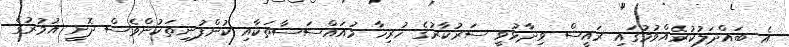
އެ ބައްދަލުކުރެއްވުމުގައި ރައީސް ވިދާޅުވީ ސަރުކާރުގެ ހުރިހާ މުއައްސަސާތަކާއި ކުންފުނިތަކުންވެސް ދޮށީ އުމުރުގެ